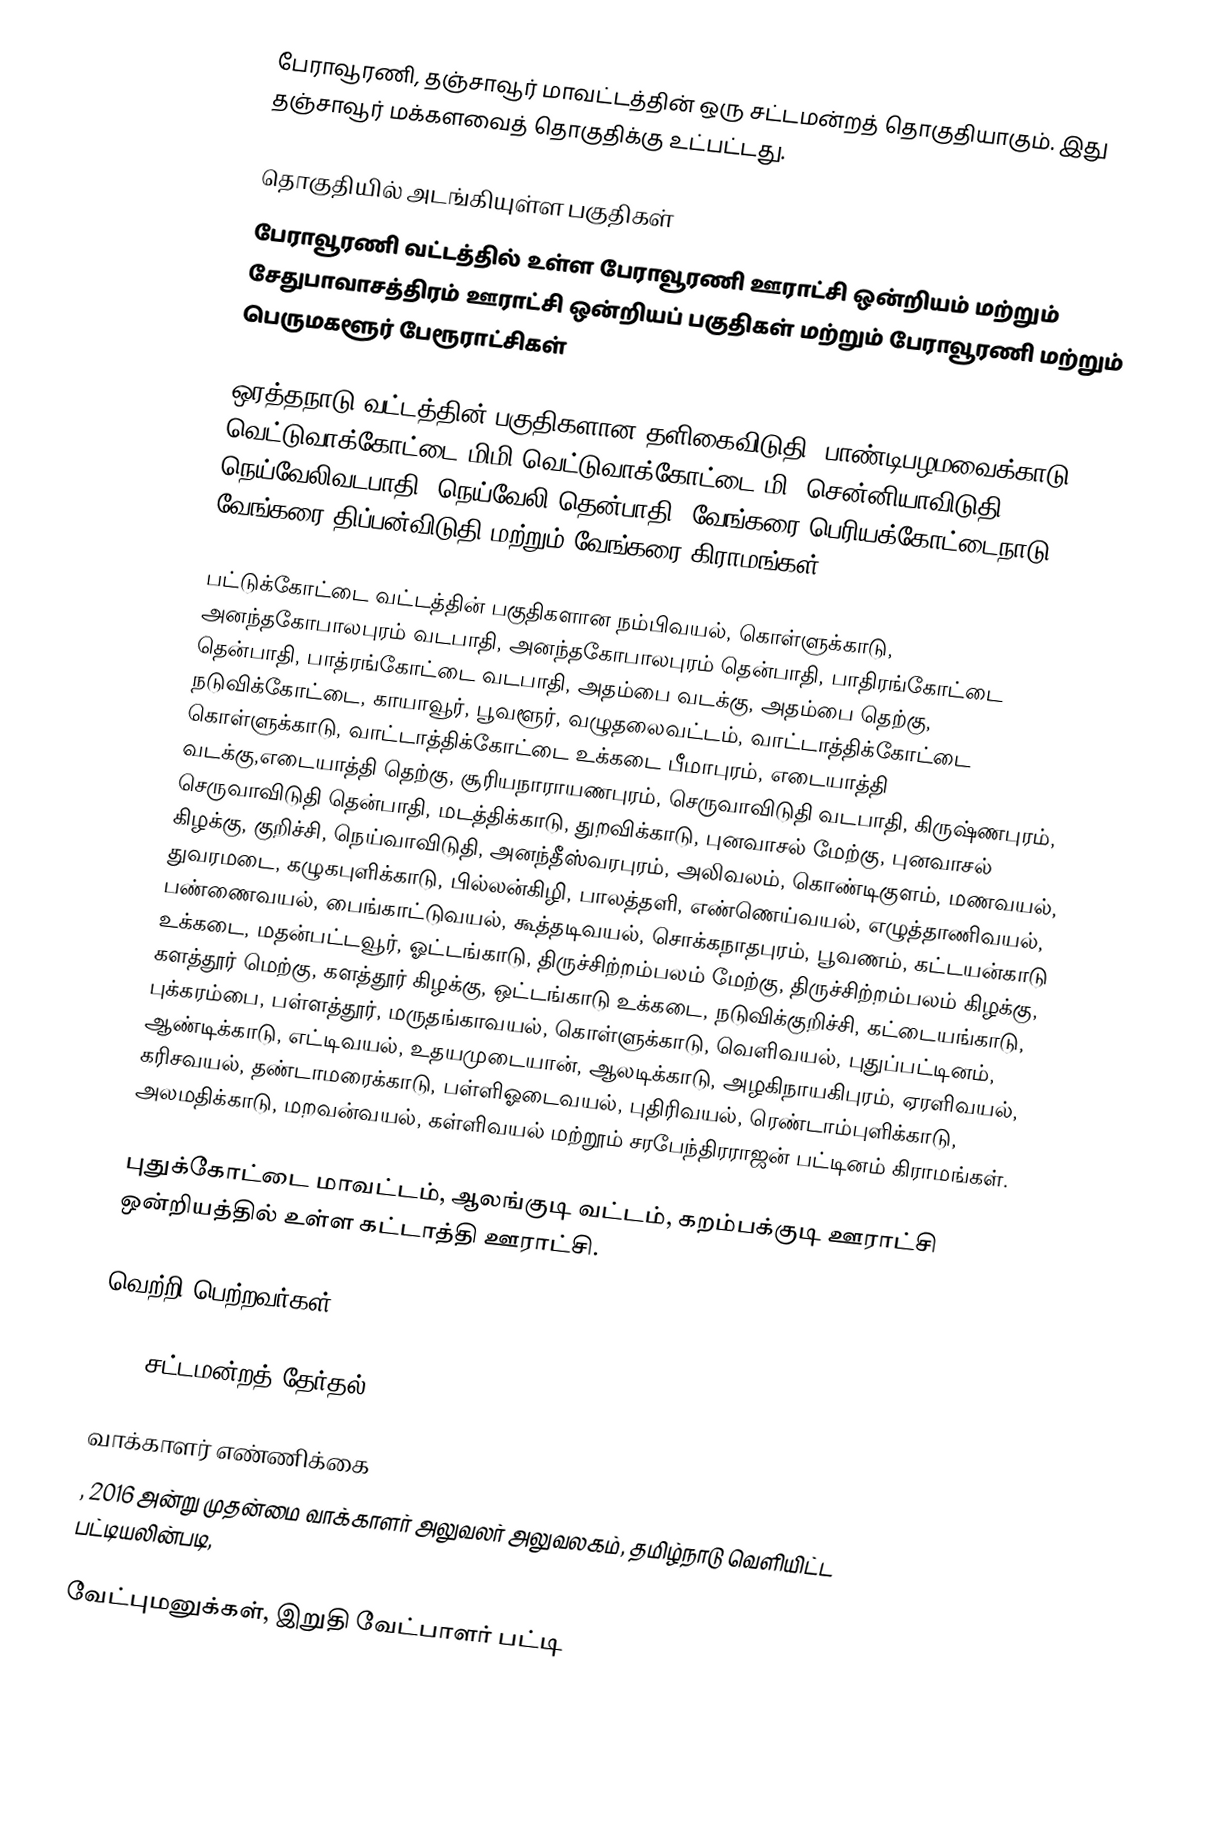
பேராவூரணி, தஞ்சாவூர் மாவட்டத்தின் ஒரு சட்டமன்றத் தொகுதியாகும். இது தஞ்சாவூர் மக்களவைத் தொகுதிக்கு உட்பட்டது.

தொகுதியில் அடங்கியுள்ள பகுதிகள்
பேராவூரணி வட்டத்தில் உள்ள பேராவூரணி ஊராட்சி ஒன்றியம் மற்றும் சேதுபாவாசத்திரம் ஊராட்சி ஒன்றியப் பகுதிகள் மற்றும் பேராவூரணி மற்றும் பெருமகளூர் பேரூராட்சிகள்

 ஒரத்தநாடு வட்டத்தின் பகுதிகளான தளிகைவிடுதி, பாண்டிபழமவைக்காடு, வெட்டுவாக்கோட்டை-மிமி,வெட்டுவாக்கோட்டை-மி, சென்னியாவிடுதி, நெய்வேலிவடபாதி, நெய்வேலி தென்பாதி, வேங்கரை பெரியக்கோட்டைநாடு, வேங்கரை திப்பன்விடுதி மற்றும் வேங்கரை கிராமங்கள்.

 பட்டுக்கோட்டை வட்டத்தின் பகுதிகளான நம்பிவயல், கொள்ளுக்காடு, அனந்தகோபாலபுரம் வடபாதி, அனந்தகோபாலபுரம் தென்பாதி, பாதிரங்கோட்டை தென்பாதி, பாத்ரங்கோட்டை வடபாதி, அதம்பை வடக்கு, அதம்பை தெற்கு, நடுவிக்கோட்டை, காயாவூர், பூவளூர், வழுதலைவட்டம், வாட்டாத்திக்கோட்டை கொள்ளுக்காடு, வாட்டாத்திக்கோட்டை உக்கடை பீமாபுரம், எடையாத்தி வடக்கு,எடையாத்தி தெற்கு, சூரியநாராயணபுரம், செருவாவிடுதி வடபாதி, கிருஷ்ணபுரம், செருவாவிடுதி தென்பாதி, மடத்திக்காடு, துறவிக்காடு, புனவாசல் மேற்கு, புனவாசல் கிழக்கு, குறிச்சி, நெய்வாவிடுதி, அனந்தீஸ்வரபுரம், அலிவலம், கொண்டிகுளம், மணவயல், துவரமடை, கழுகபுளிக்காடு, பில்லன்கிழி, பாலத்தளி, எண்ணெய்வயல், எழுத்தாணிவயல், பண்ணைவயல், பைங்காட்டுவயல், கூத்தடிவயல், சொக்கநாதபுரம், பூவணம், கட்டயன்காடு உக்கடை, மதன்பட்டவூர், ஓட்டங்காடு, திருச்சிற்றம்பலம் மேற்கு, திருச்சிற்றம்பலம் கிழக்கு, களத்தூர் மெற்கு, களத்தூர் கிழக்கு, ஒட்டங்காடு உக்கடை, நடுவிக்குறிச்சி, கட்டையங்காடு, புக்கரம்பை, பள்ளத்தூர், மருதங்காவயல், கொள்ளுக்காடு, வெளிவயல், புதுப்பட்டினம், ஆண்டிக்காடு, எட்டிவயல், உதயமுடையான், ஆலடிக்காடு, அழகிநாயகிபுரம், ஏரளிவயல், கரிசவயல், தண்டாமரைக்காடு, பள்ளிஓடைவயல், புதிரிவயல், ரெண்டாம்புளிக்காடு, அலமதிக்காடு, மறவன்வயல், கள்ளிவயல் மற்றூம் சரபேந்திரராஜன் பட்டினம் கிராமங்கள்.

 புதுக்கோட்டை மாவட்டம், ஆலங்குடி வட்டம், கறம்பக்குடி ஊராட்சி ஒன்றியத்தில் உள்ள கட்டாத்தி ஊராட்சி.

வெற்றி பெற்றவர்கள்

2016 சட்டமன்றத் தேர்தல்

வாக்காளர் எண்ணிக்கை
, 2016 அன்று முதன்மை வாக்காளர் அலுவலர் அலுவலகம், தமிழ்நாடு வெளியிட்ட பட்டியலின்படி,

வேட்புமனுக்கள், இறுதி வேட்பாளர் பட்டி